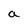
Character: a